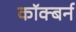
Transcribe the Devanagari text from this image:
कॉक्बर्न